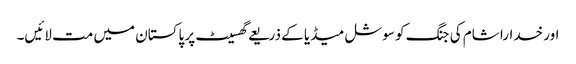
اور خدارا شام کی جنگ کو سوشل میڈیا کے ذریعے گھسیٹ پر پاکستان میں مت لائیں۔